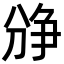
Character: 𪟐